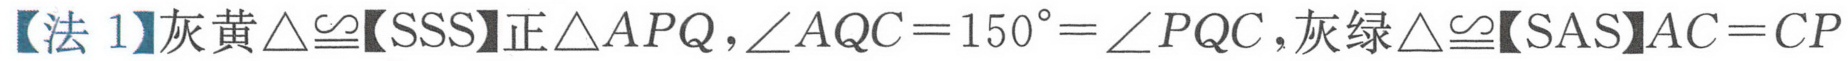
【法 1】灰黄\(\triangle\cong\)【SSS】正\(\triangle APQ\)，\(\angle AQC = 150^{\circ}=\angle PQC\)，灰绿\(\triangle\cong\)【SAS】\(AC = CP\)